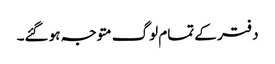
دفتر کے تمام لوگ متوجہ ہو گئے۔